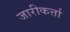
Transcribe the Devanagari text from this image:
जारीकर्त्ता